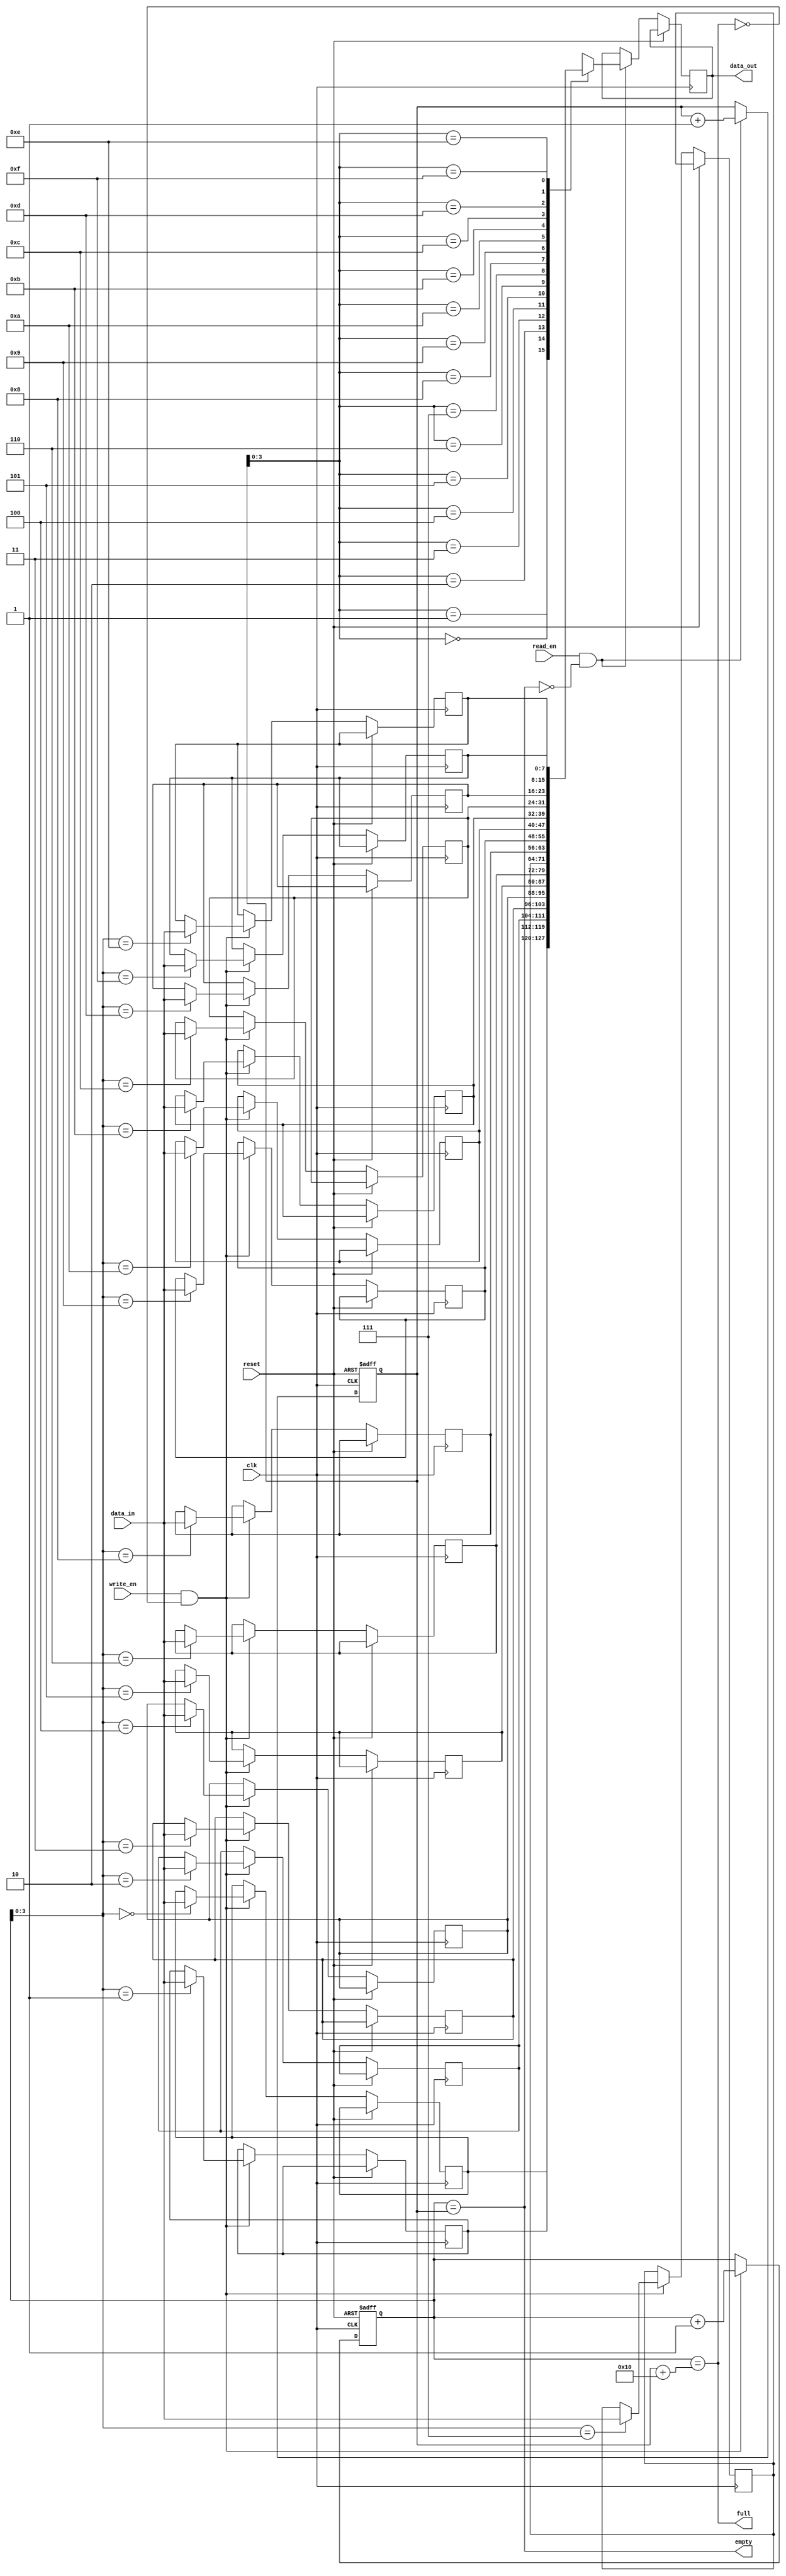
module non_blocking_fifo (
  input wire clk,
  input wire reset,
  input wire write_en,
  input wire read_en,
  input wire [DATA_WIDTH-1:0] data_in,
  output wire [DATA_WIDTH-1:0] data_out,
  output wire full,
  output wire empty
);

parameter DEPTH = 16;
parameter DATA_WIDTH = 8;

reg [DATA_WIDTH-1:0] buffer [DEPTH-1:0];
reg [4:0] write_ptr;
reg [4:0] read_ptr;

// Timing control circuits
always @(posedge clk or posedge reset) begin
  if (reset) begin
    write_ptr <= 0;
    read_ptr <= 0;
  end else begin
    if (write_en && !full) begin
      buffer[write_ptr] <= data_in;
      write_ptr <= write_ptr + 1;
    end
    if (read_en && !empty) begin
      data_out <= buffer[read_ptr];
      read_ptr <= read_ptr + 1;
    end
  end
end

// Synchronization blocks
assign full = (write_ptr == read_ptr + DEPTH);
assign empty = (write_ptr == read_ptr);

endmodule